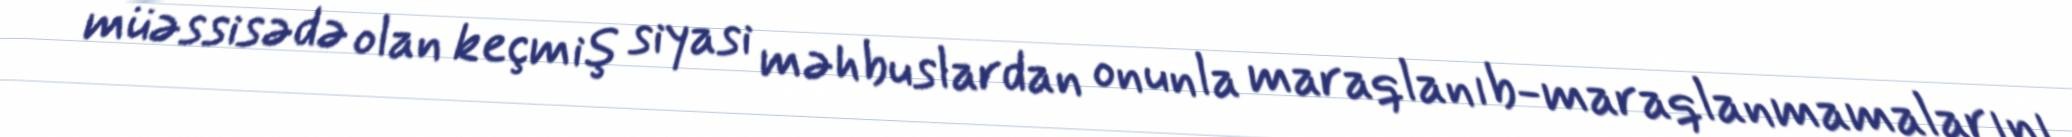
müəssisədə olan keçmiş siyasi məhbuslardan onunla maraqlanıb-maraqlanmamalarını